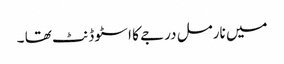
میں نارمل درجے کا ا سٹو ڈنٹ تھا ۔